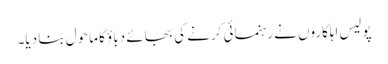
پولیس اہلکاروں نے رہنمائی کرنے کی بجائے دباؤ کا ماحول بنا دیا۔